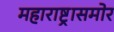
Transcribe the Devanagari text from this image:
महाराष्ट्रासमोर